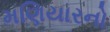
મણિયારનો